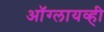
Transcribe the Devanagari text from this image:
ऑग्लायव्ही